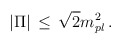
\begin{align*}| \Pi | \, \leq \, \sqrt{2} m_{pl}^2 \, .\end{align*}